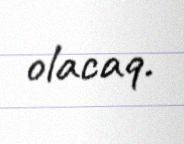
olacaq.